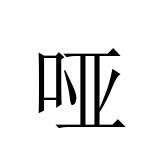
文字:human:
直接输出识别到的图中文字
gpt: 哑